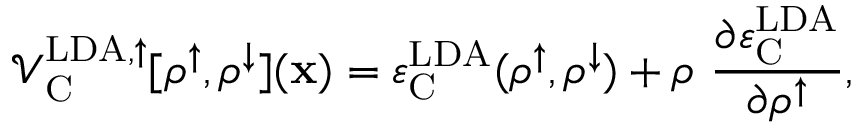
\mathcal { V } _ { \mathrm { C } } ^ { \mathrm { L D A , \uparrow } } [ \rho ^ { \uparrow } , \rho ^ { \downarrow } ] ( { \bf x } ) = \varepsilon _ { \mathrm { C } } ^ { \mathrm { L D A } } ( \rho ^ { \uparrow } , \rho ^ { \downarrow } ) + \rho \ \frac { \partial \varepsilon _ { \mathrm { C } } ^ { \mathrm { L D A } } } { \partial \rho ^ { \uparrow } } ,